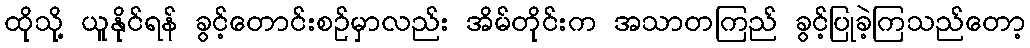
ထိုသို့ ယူနိုင်ရန် ခွင့်တောင်းစဉ်မှာလည်း အိမ်တိုင်းက အသာတကြည် ခွင့်ပြုခဲ့ကြသည်တော့